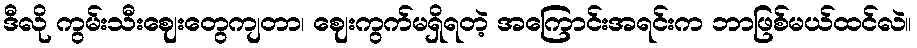
ဒီလို ကွမ်းသီးဈေးတွေကျတာ၊ ဈေးကွက်မရှိရတဲ့ အကြောင်းအရင်းက ဘာဖြစ်မယ်ထင်လဲ။